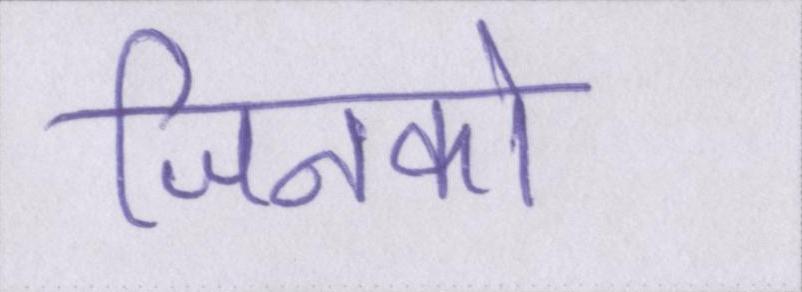
जिनको